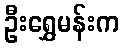
ဦးရွှေမန်းက